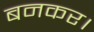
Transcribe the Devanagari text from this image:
बनकर।